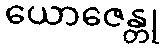
ယောဇေန္တု